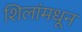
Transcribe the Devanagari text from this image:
शिलांमधून